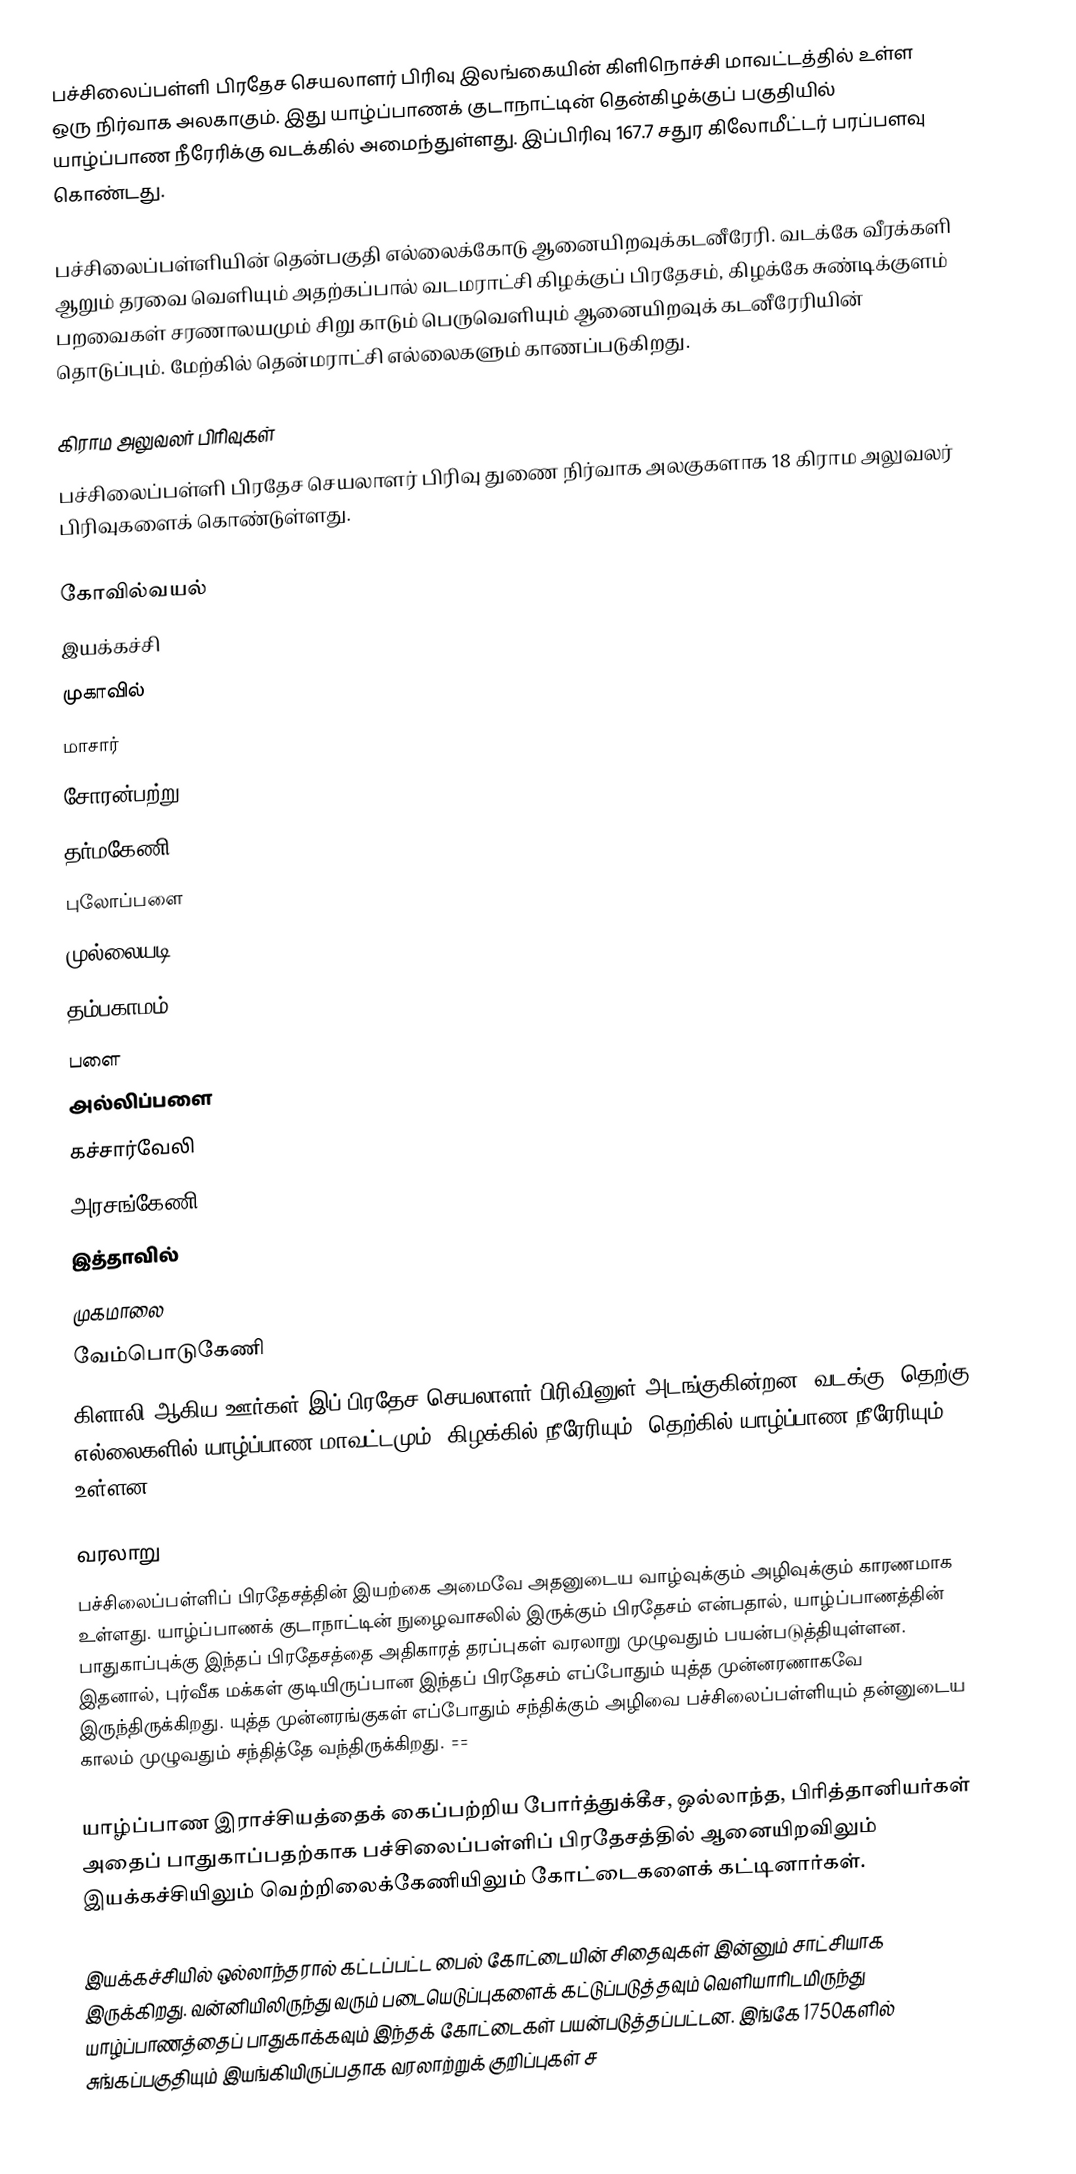
பச்சிலைப்பள்ளி பிரதேச செயலாளர் பிரிவு இலங்கையின் கிளிநொச்சி மாவட்டத்தில் உள்ள ஒரு நிர்வாக அலகாகும். இது யாழ்ப்பாணக் குடாநாட்டின் தென்கிழக்குப் பகுதியில் யாழ்ப்பாண நீரேரிக்கு வடக்கில் அமைந்துள்ளது. இப்பிரிவு 167.7 சதுர கிலோமீட்டர் பரப்பளவு கொண்டது.

பச்சிலைப்பள்ளியின் தென்பகுதி எல்லைக்கோடு ஆனையிறவுக்கடனீரேரி. வடக்கே வீரக்களி ஆறும் தரவை வெளியும் அதற்கப்பால் வடமராட்சி கிழக்குப் பிரதேசம், கிழக்கே சுண்டிக்குளம் பறவைகள் சரணாலயமும் சிறு காடும் பெருவெளியும் ஆனையிறவுக் கடனீரேரியின் தொடுப்பும். மேற்கில் தென்மராட்சி எல்லைகளும் காணப்படுகிறது.

கிராம அலுவலர் பிரிவுகள்
பச்சிலைப்பள்ளி பிரதேச செயலாளர் பிரிவு துணை நிர்வாக அலகுகளாக 18 கிராம அலுவலர் பிரிவுகளைக் கொண்டுள்ளது.

கோவில்வயல்
இயக்கச்சி
முகாவில்
மாசார்
சோரன்பற்று
தர்மகேணி
புலோப்பளை
முல்லையடி
தம்பகாமம்
பளை
அல்லிப்பளை
கச்சார்வேலி
அரசங்கேணி
இத்தாவில்
முகமாலை
வேம்பொடுகேணி
கிளாலி ஆகிய ஊர்கள் இப் பிரதேச செயலாளர் பிரிவினுள் அடங்குகின்றன. வடக்கு, தெற்கு எல்லைகளில் யாழ்ப்பாண மாவட்டமும், கிழக்கில் நீரேரியும், தெற்கில் யாழ்ப்பாண நீரேரியும் உள்ளன.

வரலாறு 
பச்சிலைப்பள்ளிப் பிரதேசத்தின் இயற்கை அமைவே அதனுடைய வாழ்வுக்கும் அழிவுக்கும் காரணமாக உள்ளது. யாழ்ப்பாணக் குடாநாட்டின் நுழைவாசலில் இருக்கும் பிரதேசம் என்பதால், யாழ்ப்பாணத்தின் பாதுகாப்புக்கு இந்தப் பிரதேசத்தை அதிகாரத் தரப்புகள் வரலாறு முழுவதும் பயன்படுத்தியுள்ளன. இதனால், புர்வீக மக்கள் குடியிருப்பான இந்தப் பிரதேசம் எப்போதும் யுத்த முன்னரணாகவே இருந்திருக்கிறது. யுத்த முன்னரங்குகள் எப்போதும் சந்திக்கும் அழிவை பச்சிலைப்பள்ளியும் தன்னுடைய காலம் முழுவதும் சந்தித்தே வந்திருக்கிறது. ==

யாழ்ப்பாண இராச்சியத்தைக் கைப்பற்றிய போர்த்துக்கீச, ஒல்லாந்த, பிரித்தானியர்கள் அதைப் பாதுகாப்பதற்காக பச்சிலைப்பள்ளிப் பிரதேசத்தில் ஆனையிறவிலும் இயக்கச்சியிலும் வெற்றிலைக்கேணியிலும் கோட்டைகளைக் கட்டினார்கள்.

இயக்கச்சியில் ஒல்லாந்தரால் கட்டப்பட்ட பைல் கோட்டையின் சிதைவுகள் இன்னும் சாட்சியாக இருக்கிறது. வன்னியிலிருந்து வரும் படையெடுப்புகளைக் கட்டுப்படுத்தவும் வெளியாரிடமிருந்து யாழ்ப்பாணத்தைப் பாதுகாக்கவும் இந்தக் கோட்டைகள் பயன்படுத்தப்பட்டன. இங்கே 1750களில் சுங்கப்பகுதியும் இயங்கியிருப்பதாக வரலாற்றுக் குறிப்புகள் ச